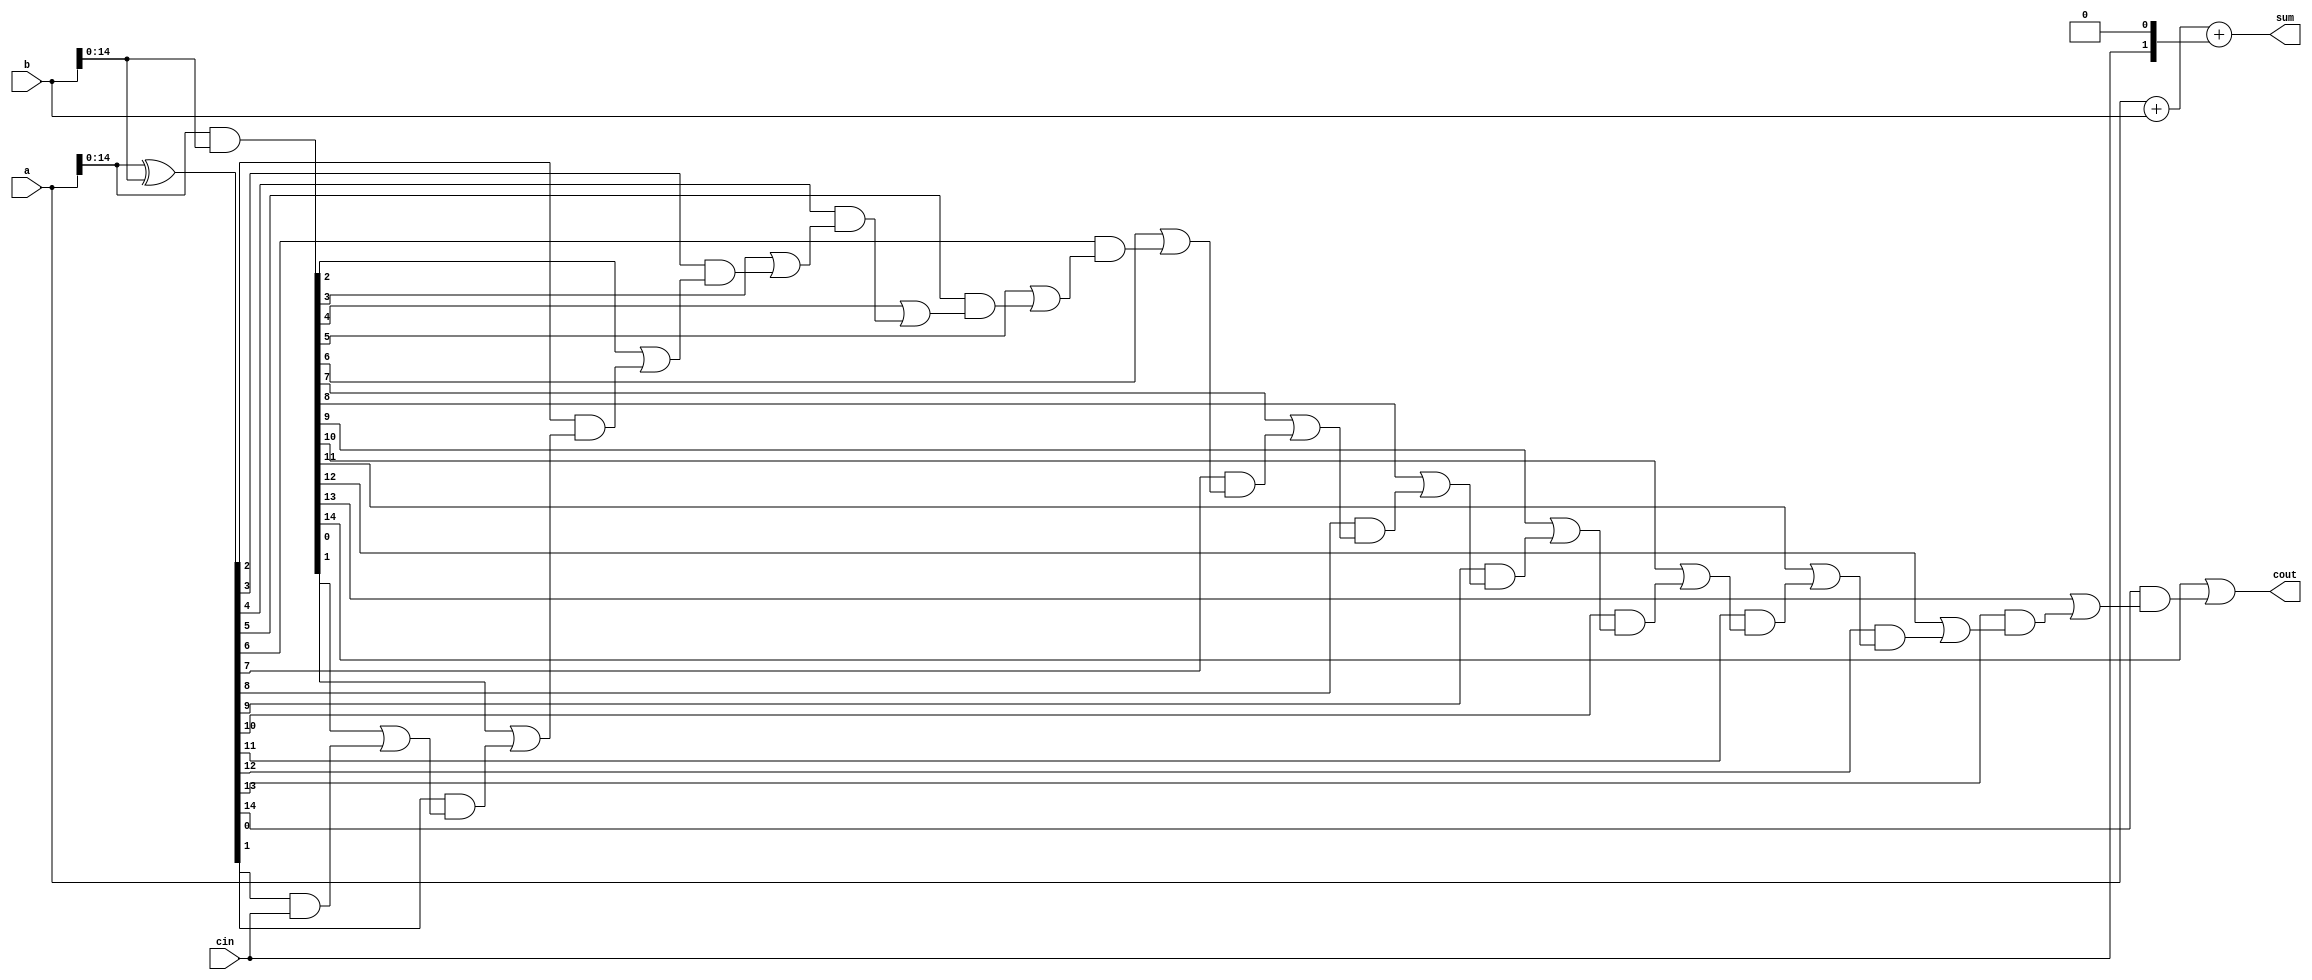
module carry_bypass_adder (
    input wire [15:0] a,
    input wire [15:0] b,
    input wire cin,
    output wire [15:0] sum,
    output wire cout
);

wire [15:0] p, g, c;

assign p = a ^ b;
assign g = a & b;
assign c[0] = cin;

genvar i;
generate
    for (i = 1; i < 16; i = i + 1) begin: carry_bypass_gen
        assign c[i] = (g[i-1] | (p[i-1] & c[i-1]));
    end
endgenerate

assign sum = a + b + (cin << 1);
assign cout = c[15];

endmodule